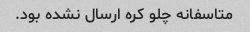
متاسفانه چلو کره ارسال نشده بود.